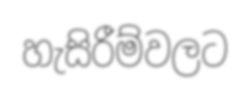
හැසිරීම්වලට